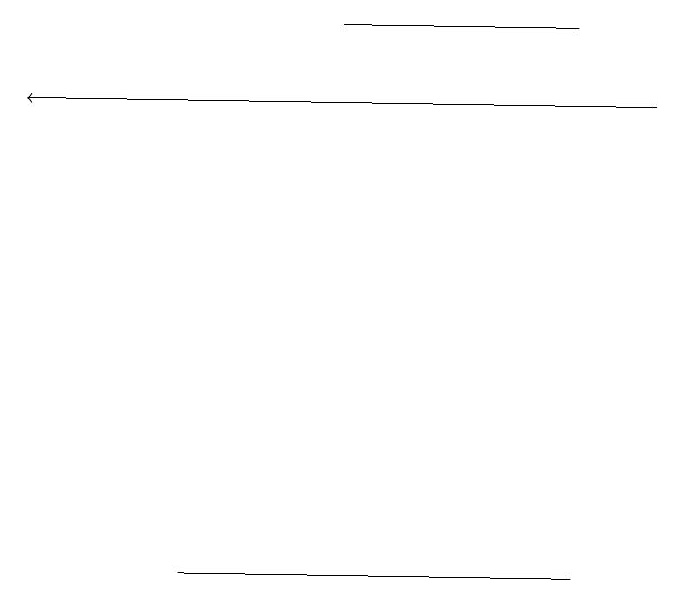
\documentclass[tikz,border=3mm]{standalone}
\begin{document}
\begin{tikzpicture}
\draw (8,19) rectangle (5,19);
\draw (8,12) rectangle (3,12);
\draw[->] (9,18) -- (1,18);
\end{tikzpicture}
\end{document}